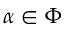
\alpha \in \Phi